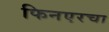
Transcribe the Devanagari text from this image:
फिनएरचा